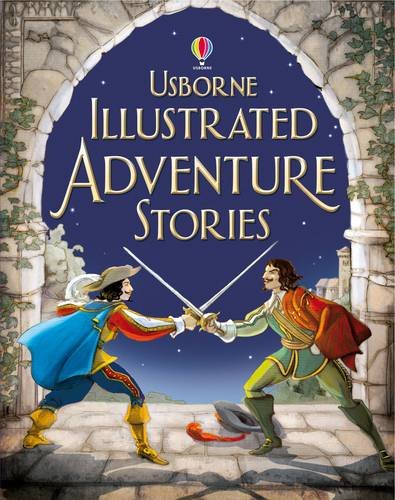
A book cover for Illustrated Adventure Stories; Various Authors; Children's Books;